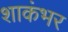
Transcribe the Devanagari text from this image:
शाकंभर